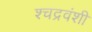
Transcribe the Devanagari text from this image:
श्चद्रवंशी